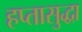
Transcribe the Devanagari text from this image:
हप्तासुद्धा